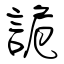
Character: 詭